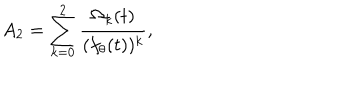
A _ { 2 } = \sum _ { k = 0 } ^ { 2 } { \frac { \Omega _ { k } ( t ) } { ( f _ { \theta } ( t ) ) ^ { k } } } ,